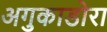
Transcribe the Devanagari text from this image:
अगुकाडोरा